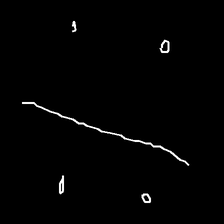
Glyph: cool